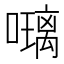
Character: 𭋰